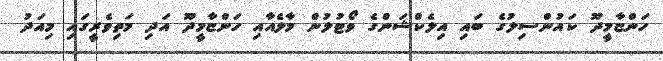
ހަންޏާމީދޫ ކައުންސިލުގެ ބައި އިލެކްޝަންގެ ވޯޓުލުން މާލެއާއި ހަންޏާމީދޫ އަދި މަތިވެރީގައި މިއަދު